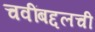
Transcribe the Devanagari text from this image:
चवींबद्दलची